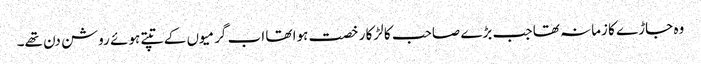
وہ جاڑے کا زمانہ تھا جب بڑے صاحب کا لڑکا رخصت ہوا تھا اب گرمیوں کے تپتے ہوئے روشن دن تھے۔